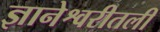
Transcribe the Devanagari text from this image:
ज्ञानेश्वरीतली